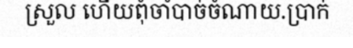
ស្រួល ហើយពុំចាំបាច់ចំណាយ.ប្រាក់